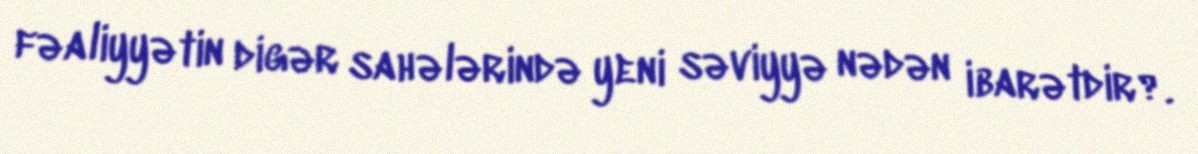
fəaliyyətin digər sahələrində yeni səviyyə nədən ibarətdir?.